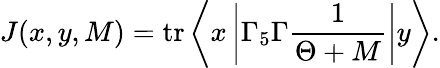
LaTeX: J(x,y,M)=\mathrm{tr}\left\langle x\left|\Gamma_{5}\Gamma\frac{1}{\Theta+M}\right|y\right\rangle.